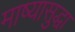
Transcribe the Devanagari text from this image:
माष्यासुद्धा